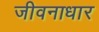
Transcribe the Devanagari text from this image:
जीवनाधार